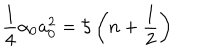
LaTeX: \frac { 1 } { 4 } \alpha _ { 0 } a _ { 0 } ^ { 2 } = \hbar \left( n + \frac { 1 } { 2 } \right)